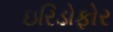
ઇરિડોફોર